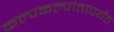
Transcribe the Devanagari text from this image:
कल्पकल्पांतापर्यंत